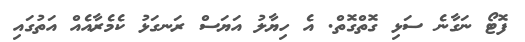
ފޮޓޯ ނަގާނެ ސަޅި ގޮތްގޮތް. އެ ހިޔާލު އަޔަސް ރަނގަޅު ކެމެރާއެއް އަތުގައި